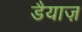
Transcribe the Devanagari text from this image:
डैयाज़